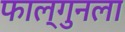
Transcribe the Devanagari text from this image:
फाल्गुनला